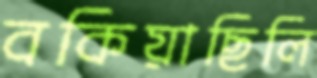
বকিয়াছিলি